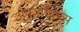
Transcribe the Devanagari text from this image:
अफरोदियस